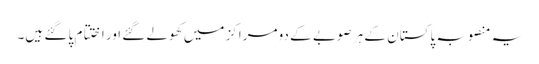
یہ منصوبہ پاکستان کے ہر صوبے کے دو مراکز میں کھولے گئے اور اختتام پا گئے ہیں۔